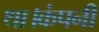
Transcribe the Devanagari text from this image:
था।कंपनी